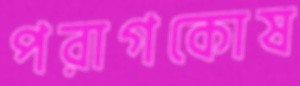
পরাগকোষ